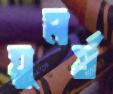
ঘুমর্ষ